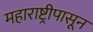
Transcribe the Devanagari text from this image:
महाराष्ट्रीपासून